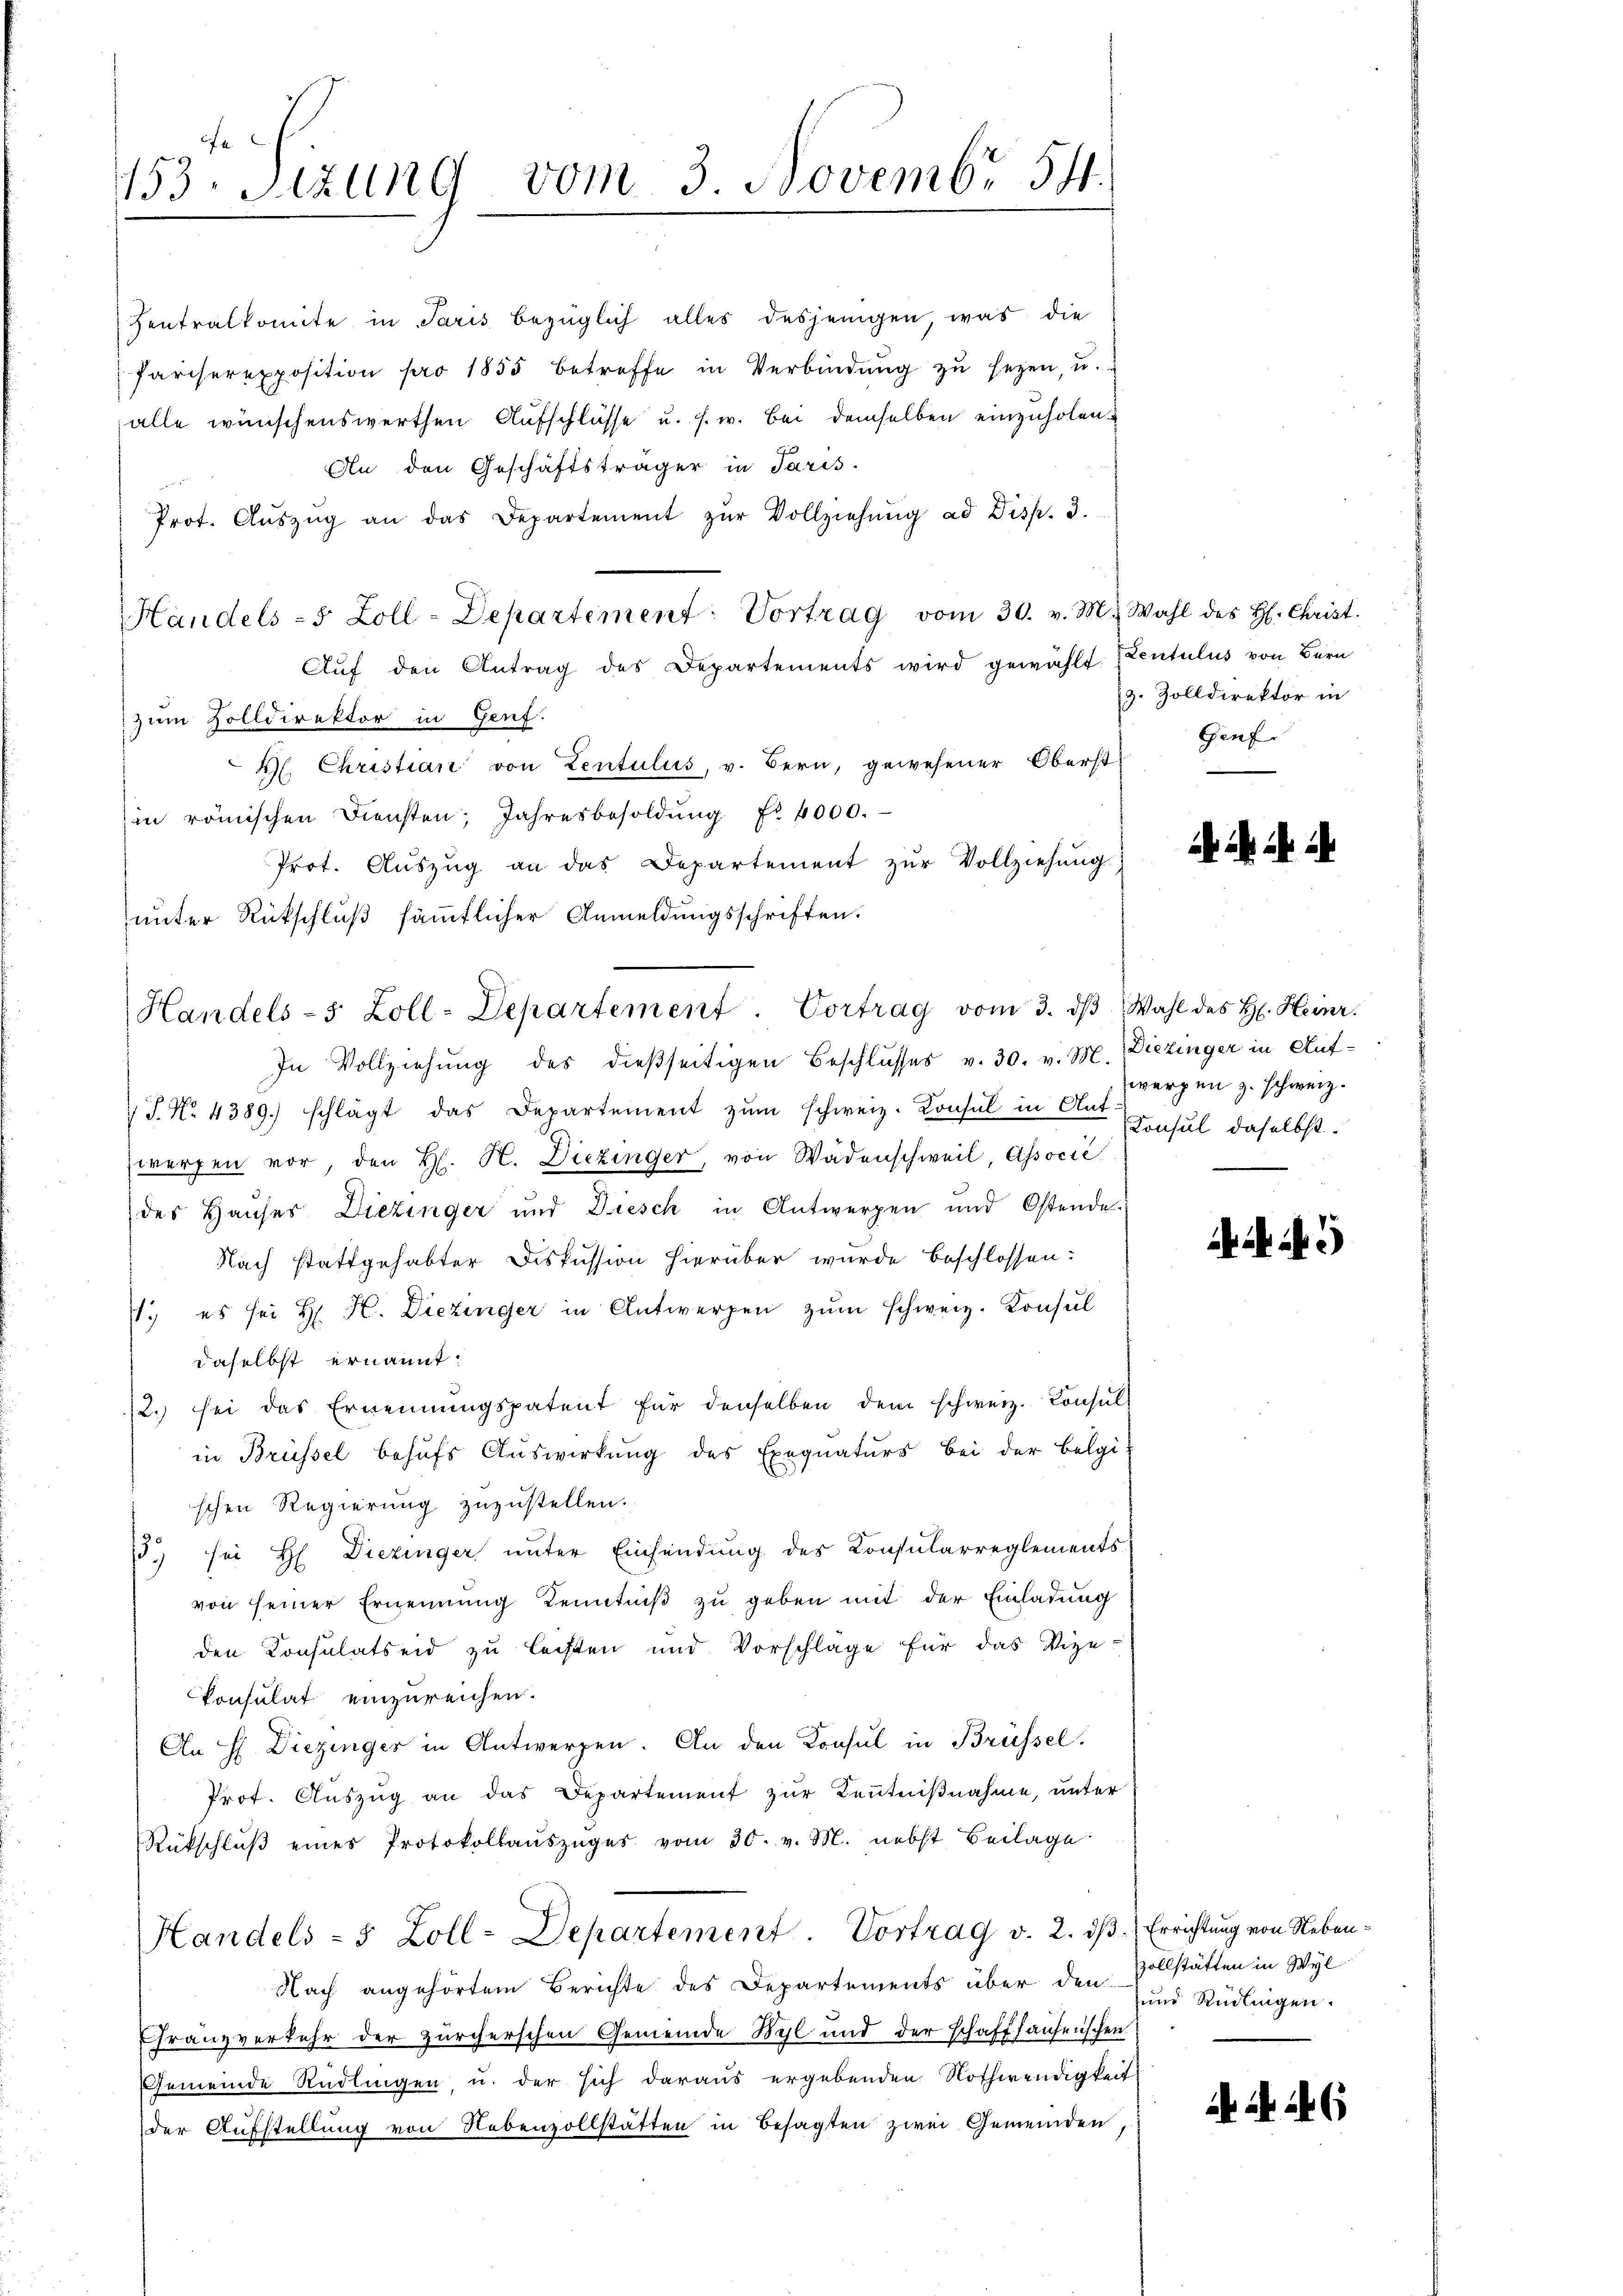
153. Sitzung vom 3. Novembr 54.

Zentralkomite in Paris bezüglich alles desjenigen, was die
Pariserexposition pro 1855 betreffe in Verbindŭng zŭ seyen, u.
alle wünschenswerthen Aufschlüsse u. s. w. Bei demselben einzuholen.
An den Geschäftsträger in Paris.
Prot. Aŭszŭg an das Departement zŭr Vollziehŭng ad Disp. 3.
Auf den Antrag des Departements wird gewählt. Eventulus von Bern
zum Zolldirektor in Genf.
H. Christian von Zentulus, v. Bern, gewesener Oberst
in römischen Diensten Jahresbesoldŭng Nr. 4000.
Prot. Aŭszŭg an das Departement zŭr Vollziehŭng
unter Rückschluß sämmtlicher Anmeldungsschriften.
In Vollziehung des dießseitigen Beschlusses v. 30. v. M. Diezinger in Auf¬
4 J. No. 4389. schlägt das Departement zŭm schweiz. Konsul in Auf
zwerfen vor, den H. H. Diezinger, von Wädenschweil, Associé
des Hauses Diezinger und Diesch in Antwerpen und Ostende
Nach stattgehabter Diskussion hierüber wurde beschlossen:
71. es sei H. H. Diezinger in Antwerpen zŭm Schweiz. Konsul
daselbst ernannt:
2. sei das Ernennungspatent für denselben dem schweiz. Konsŭl
in Brüssel behufs Auswirkung des Exequaturs bei der Belgi
schen Regierung zuzustellen.
15.) sei H. Diezinger unter Einsendung des Consularreglements
von seiner Ernennung Kenntniß zu geben mit der Einladung
den Konsulatseid zu lechten und Vorschläge für das Vize-
Consulat einzureichen.
An H. Diezinger in Antwerfen. An den Konsul in Brüssel.
Prot. Auszug an das Departement zur Kenntnißnahme, unter
Rückschlŭβ eines Protokollauszuges vom 30. v. M. nebst Beilage
Handels - 5 Zoll-Departement. Vortrag v. 2. dβ. Errichtung von Neben¬
Nach angehörtem Berichte des Departements über den Vollstätten in Wyl
Franzverkehr der zürcherschen Gemeinde Wyl und der schaffhausenschen
Gemeinde Rüdlingen, u. der sich daraus ergebenden Nothwendigkeit
der Aufstellung von Nebenzollstätten in Besagten zwei Gemeinden

Handels-5 Zoll-Departement: Vortrag vom 30. v. M. Wahl des H. Christ.

Handels- 5 Zoll-Departement. Vortrag vom 3. dβ Wahl des H. Heinr.

g. Zolldirektor in
Genf

¬

wergen z. schweiz.
Konsul daselbst.

5

und Rüdlingen.